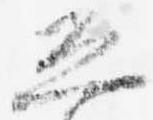
恐